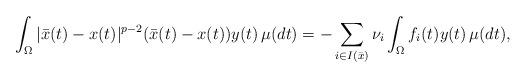
LaTeX: \begin{align*}\int_{\Omega} |\bar{x}(t)-x(t)|^{p-2}(\bar{x}(t)-x(t)) y(t) \, \mu(dt)= -\sum_{i\in I(\bar{x})} \nu_i \int_{\Omega} f_i(t) y(t) \, \mu(dt) ,\end{align*}